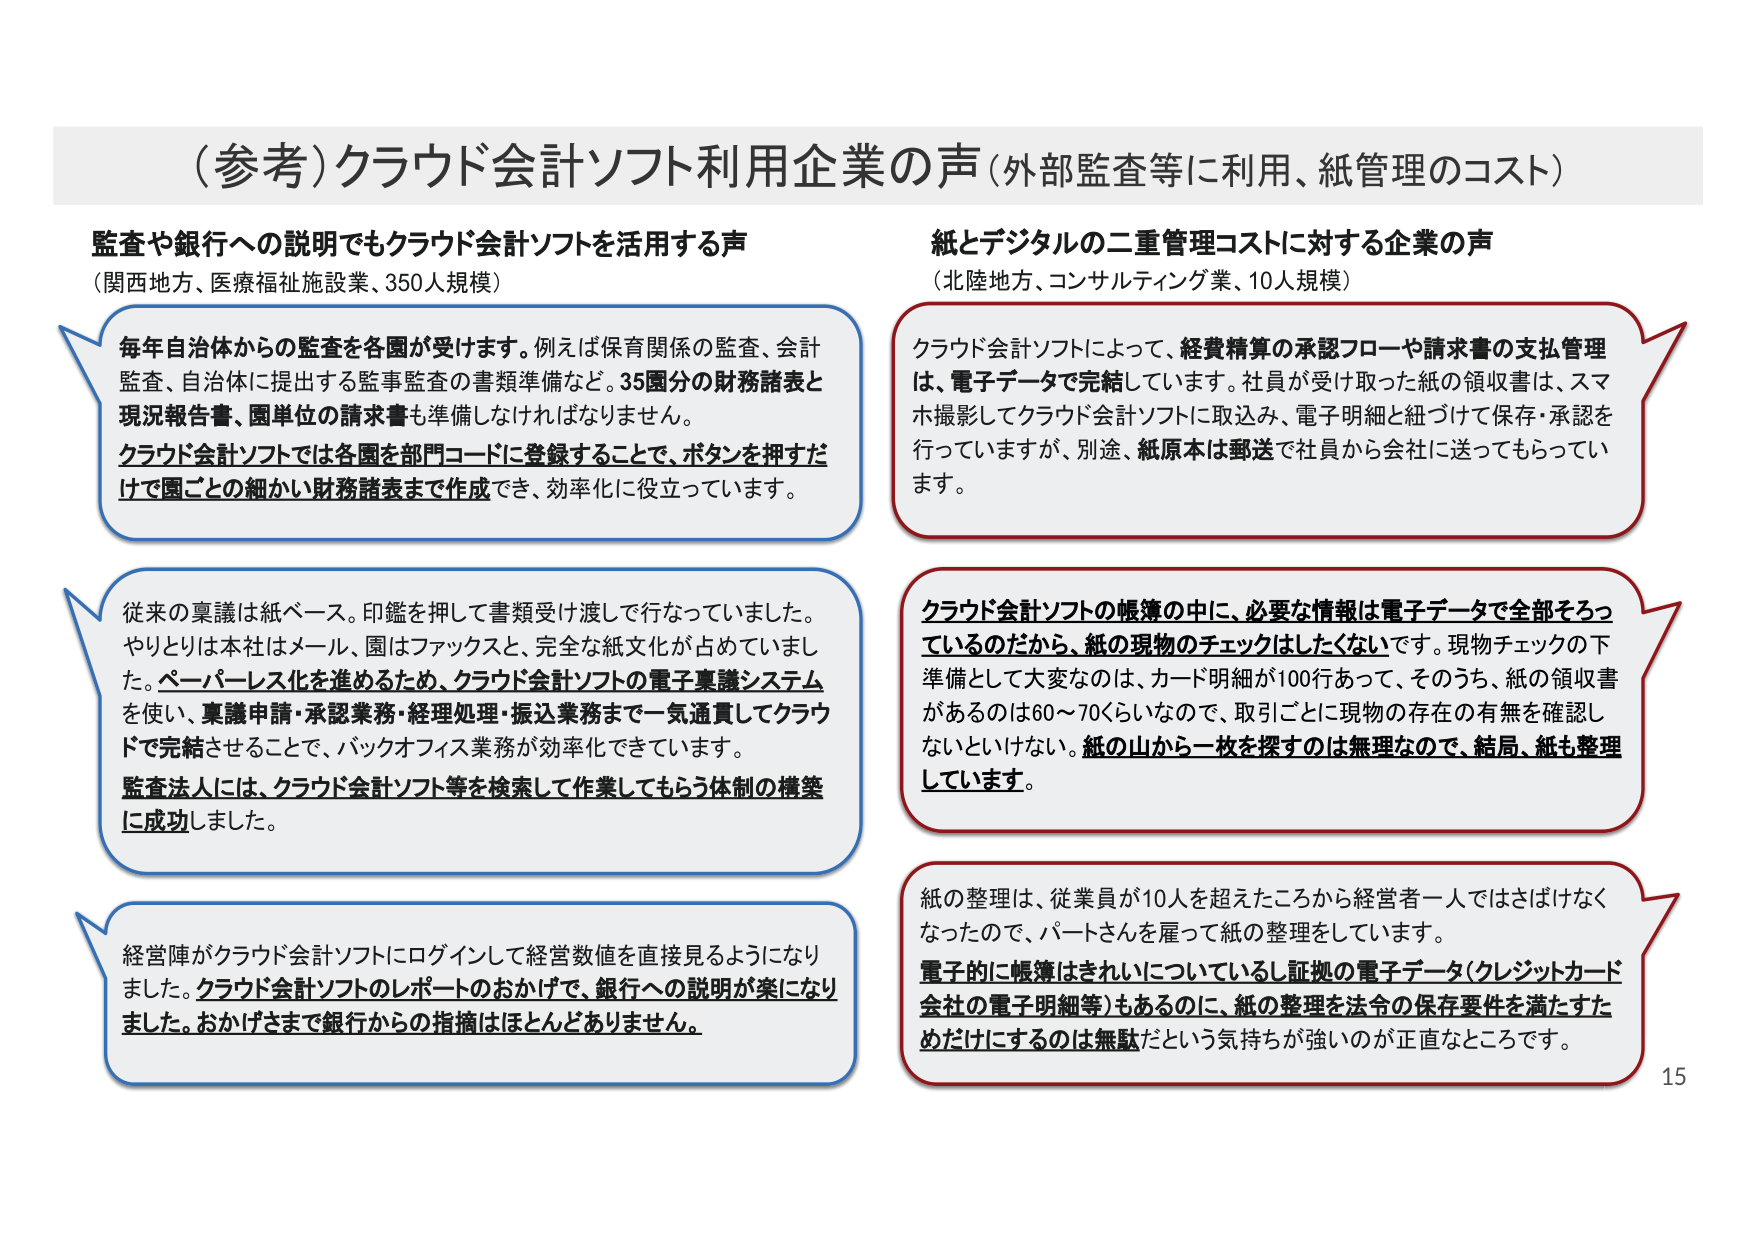
（参考）クラウド会計ソフト利用企業の声（外部監査等に利用、紙管理のコスト）

監査や銀行への説明でもクラウド会計ソフトを活用する声
（関西地方、医療福祉施設業、350人規模）

毎年自治体からの監査を各園が受けます。例えば保育関係の監査、会計監査、自治体に提出する監事監査の書類準備など。35園分の財務諸表と現況報告書、園単位の請求書も準備しなければなりません。
クラウド会計ソフトでは各園を部門コードに登録することで、ボタンを押すだけですぐに園ごとの細かい財務諸表まで作成でき、効率化に役立っています。

従来の稟議は紙ベース。印鑑を押して書類受け渡しで行なっていました。やりとりは本社はメール、園はファックスと、完全な紙文化が占めていました。ペーパーレス化を進めるため、クラウド会計ソフトの電子稟議システムを使い、稟議申請・承認業務・経理処理・振込業務まで一気通貫してクラウドで完結させることで、バックオフィス業務が効率化できています。
監査法人には、クラウド会計ソフト等を検索して作業してもらう体制の構築に成功しました。

経営陣がクラウド会計ソフトにログインして経営数値を直接見れるようになりました。クラウド会計ソフトのレポートのおかげで、銀行への説明が楽になりました。おかげさまで銀行からの指摘はほとんどありません。

紙とデジタルの二重管理コストに対する企業の声
（北陸地方、コンサルティング業、10人規模）

クラウド会計ソフトによって、経費精算の承認フローや請求書の支払管理は、電子データで完結しています。社員が受け取った紙の領収書は、スマホ撮影してクラウド会計ソフトに取込み、電子明細と紐づけて保存・承認を行っていますが、別途、紙原本は郵送で社員から会社に送ってもらっています。

クラウド会計ソフトの帳簿の中に、必要な情報は電子データで全部そろっているのだから、紙の現物のチェックはしたくないです。現物チェックの下準備として大変なのは、カード明細が100行あって、そのうち、紙の領収書があるのは60～70くらいなので、取引ごとに現物の存在の有無を確認しないといけない。紙の山から一枚を探すのは無理なので、結局、紙も整理しています。

紙の整理は、従業員が10人を超えたころから経営者一人ではさばけなくなったので、パートさんを雇って紙の整理をしています。
電子的に帳簿はきれいについているし証拠の電子データ（クレジットカード会社の電子明細等）もあるのに、紙の整理を法令の保存要件を満たすためだけにするのは無駄だという気持ちが強いのが正直なところです。

15